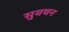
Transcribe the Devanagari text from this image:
सुवचन